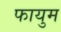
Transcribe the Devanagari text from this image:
फायुम